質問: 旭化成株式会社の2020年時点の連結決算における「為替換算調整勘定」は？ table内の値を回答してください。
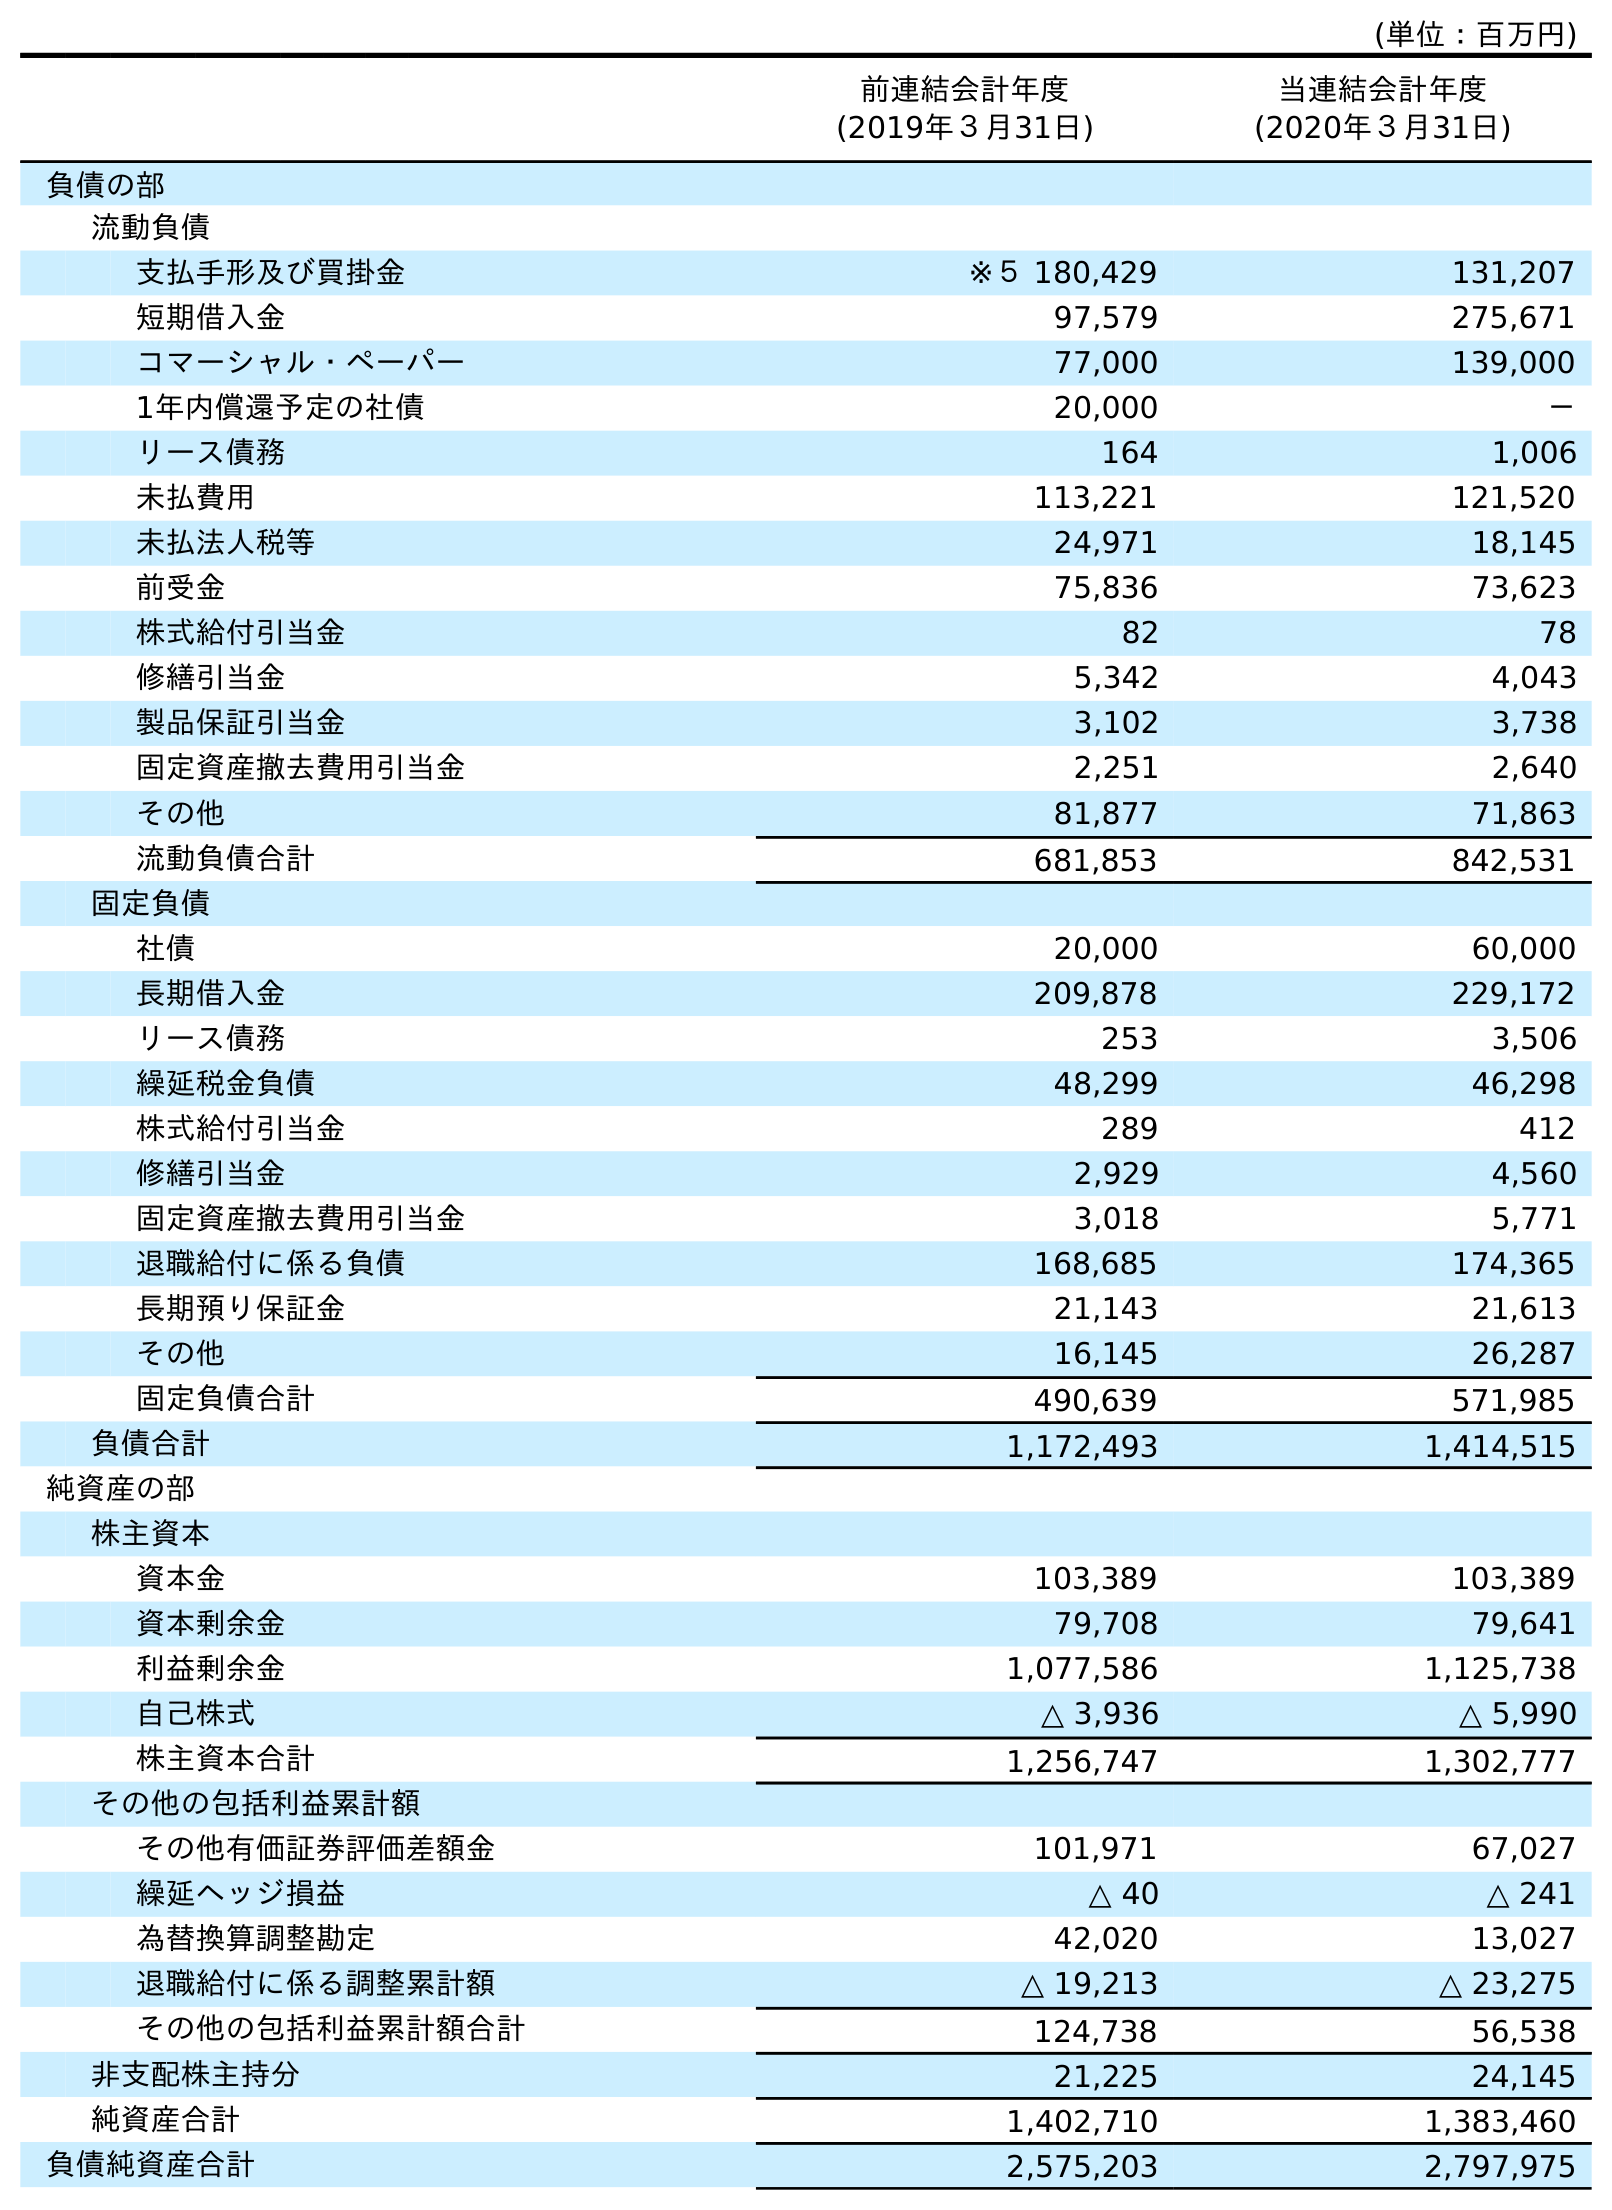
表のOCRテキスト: (単位：百万円) 前連結会計年度 (2019年３月31日) 当連結会計年度 (2020年３月31日) 負債の部 流動負債 支払手形及び買掛金 ※５ 180,429 131,207 短期借入金 97,579 275,671 コマーシャル・ペーパー 77,000 139,000 1年内償還予定の社債 20,000 － リース債務 164 1,006 未払費用 113,221 121,520 未払法人税等 24,971 18,145 前受金 75,836 73,623 株式給付引当金 82 78 修繕引当金 5,342 4,043 製品保証引当金 3,102 3,738 固定資産撤去費用引当金 2,251 2,640 その他 81,877 71,863 流動負債合計 681,853 842,531 固定負債 社債 20,000 60,000 長期借入金 209,878 229,172 リース債務 253 3,506 繰延税金負債 48,299 46,298 株式給付引当金 289 412 修繕引当金 2,929 4,560 固定資産撤去費用引当金 3,018 5,771 退職給付に係る負債 168,685 174,365 長期預り保証金 21,143 21,613 その他 16,145 26,287 固定負債合計 490,639 571,985 負債合計 1,172,493 1,414,515 純資産の部 株主資本 資本金 103,389 103,389 資本剰余金 79,708 79,641 利益剰余金 1,077,586 1,125,738 自己株式 △ 3,936 △ 5,990 株主資本合計 1,256,747 1,302,777 その他の包括利益累計額 その他有価証券評価差額金 101,971 67,027 繰延ヘッジ損益 △ 40 △ 241 為替換算調整勘定 42,020 13,027 退職給付に係る調整累計額 △ 19,213 △ 23,275 その他の包括利益累計額合計 124,738 56,538 非支配株主持分 21,225 24,145 純資産合計 1,402,710 1,383,460 負債純資産合計 2,575,203 2,797,975
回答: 13,027